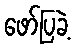
ဖော်ပြခဲ့